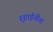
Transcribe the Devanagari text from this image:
र्‍हाईनीश